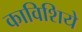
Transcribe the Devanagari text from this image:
काविशिये